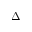
\Delta